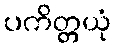
ပကိတ္တယုံ